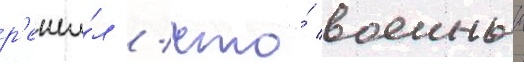
р'еши́л / что́ военныи